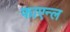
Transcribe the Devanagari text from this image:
फाएन्ल